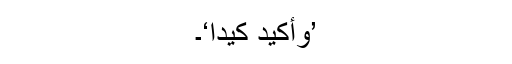
’وَأَکِیْدُ کَیْدًا‘۔